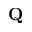
\mathbf { Q }